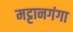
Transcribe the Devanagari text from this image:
मट्टानगंगा